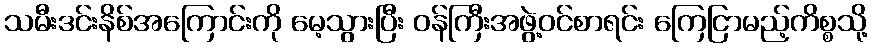
သမီးဒင်းနိစ်အကြောင်းကို မေ့သွားပြီး ဝန်ကြီးအဖွဲ့ဝင်စာရင်း ကြေငြာမည့်ကိစ္စသို့